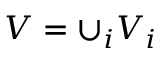
V = \cup _ { i } V _ { i }